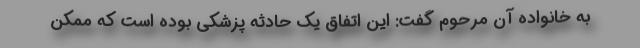
به خانواده آن مرحوم گفت: این اتفاق یک حادثه پزشکی بوده است که ممکن